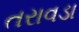
તરાવડા